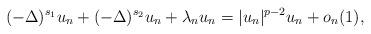
LaTeX: \begin{align*} (-\Delta)^{s_1} u_n +(-\Delta)^{s_2} u_n + \lambda_n u_n=|u_n|^{p-2} u_n+o_n(1),\end{align*}